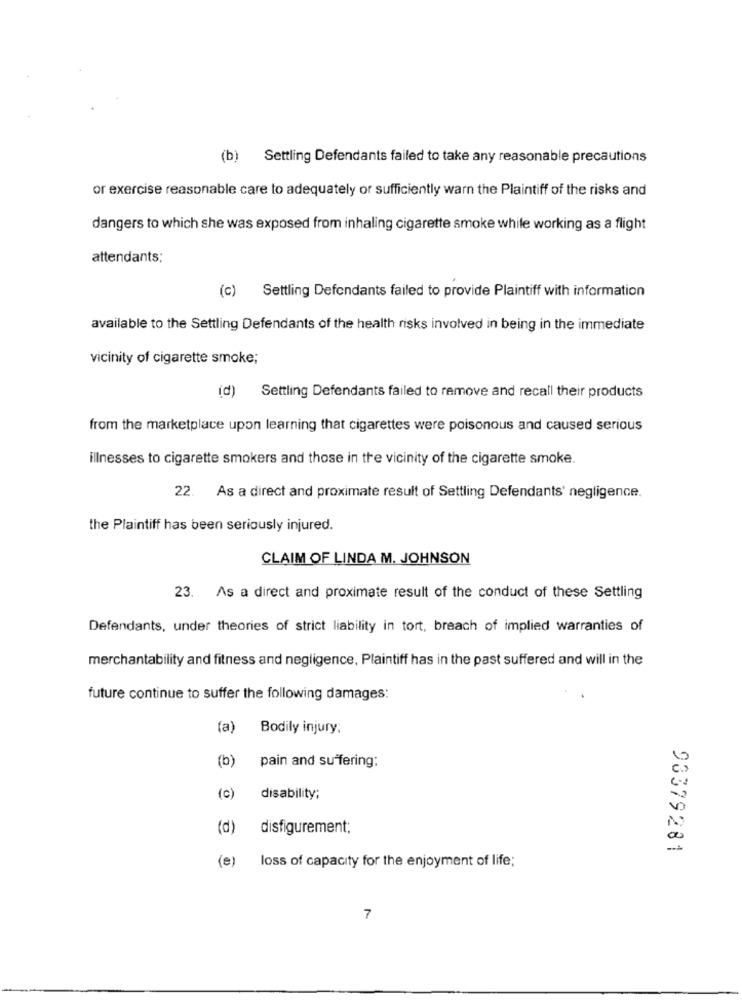
(b) Settling Defendants failed to take any reasonable precautions
or exercise reasonable care to adequately or sufficiently warn the Plaintiff of the risks and
dangers to which she was exposed from inhaling cigarette smoke while working as a flight
attendants;
(c) Settling Defendants failed to provide Plaintiff with information
available to the Settling Defendants of the health risks involved in being in the immediate
vicinity of cigarette smoke;
(d) Settling Defendants failed to remove and recall their products
from the marketplace upon learning that cigarettes were poisonous and caused serious
illnesses to cigarette smokers and those in the vicinity of the cigarette smoke.
22.
As a direct and proximate result of Settling Defendants' negligence.
the Plaintiff has been seriously injured.
CLAIM OF LINDA M. JOHNSON
23. As a direct and proximate result of the conduct of these Settling
Defendants, under theories of strict liability in tort, breach of implied warranties of
merchantability and fitness and negligence, Plaintiff has in the past suffered and will in the
future continue to suffer the following damages:
(a) Bodily injury;
(b)
pain and suffering:
(c)
disability;
(d)
disfigurement;
93379281
(e)
loss of capacity for the enjoyment of life;
7